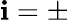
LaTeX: \mathbf{i}=\pm